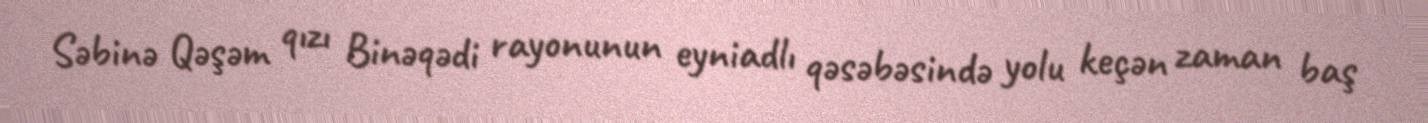
Səbinə Qəşəm qızı Binəqədi rayonunun eyniadlı qəsəbəsində yolu keçən zaman baş